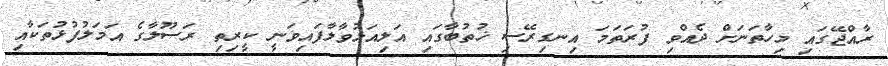
ރާއްޖޭގައި މިހާތަނަށް ދެއްވި ފުރަތަމަ އިނގިރޭސި ޚުތުބާގައި އަލިއަޅުވާލާފައިވަނީ ކީރިތި ރަސޫލާގެ އަމަލުފުޅުތަކާއި